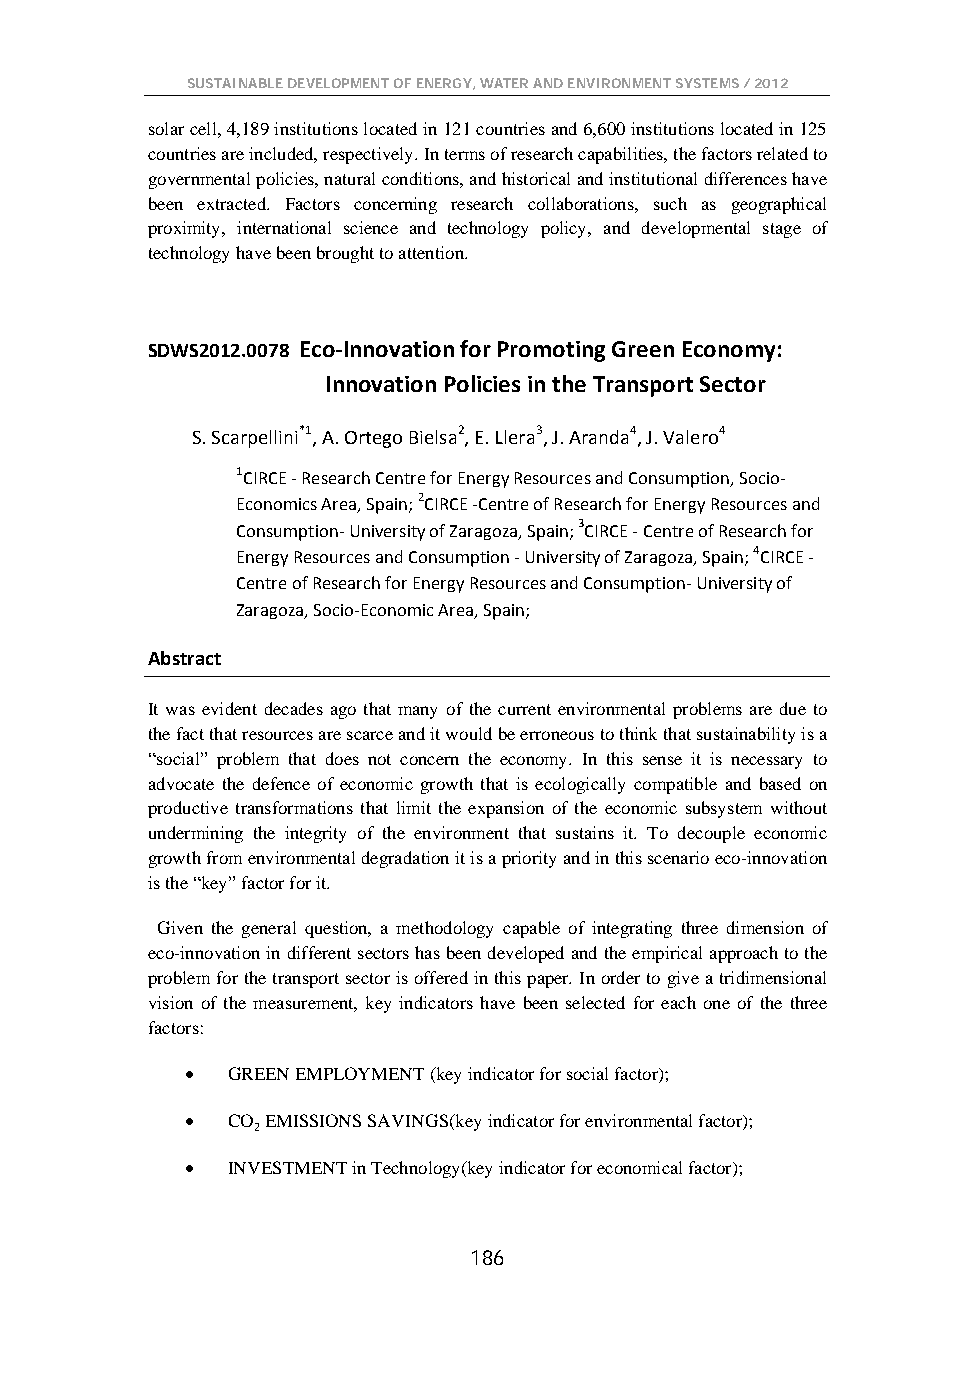
SUSTAINABLE DEVELOPMENT OF ENERGY, WATER AND ENVIRONMENT SYSTEMS / 2012
 solar cell, 4,189 institutions located in 121 countries and 6,600 institutions located in 125
 countries are included, respectively. In terms of research capabilities, the factors related to
 governmental policies, natural conditions, and historical and institutional differences have
 been extracted. Factors concerning research collaborations, such as geographical
 proximity, international science and technology policy, and developmental stage of
 technology have been brought to attention.
 SDWS2012.0078 Eco-Innovation for Promoting Green Economy:
 Innovation Policies in the Transport Sector
 S. Scarpellini*1, A. Ortego Bielsa2, E. Llera3, J. Aranda4, J. Valero4
 1CIRCE - Research Centre for Energy Resources and Consumption, Socio-
 Economics Area, Spain; 2CIRCE -Centre of Research for Energy Resources and
 Consumption- University of Zaragoza, Spain; 3CIRCE - Centre of Research for
 Energy Resources and Consumption - University of Zaragoza, Spain; 4CIRCE -
 Centre of Research for Energy Resources and Consumption- University of
 Zaragoza, Socio-Economic Area, Spain;
 Abstract
 It was evident decades ago that many of the current environmental problems are due to
 the fact that resources are scarce and it would be erroneous to think that sustainability is a
 “social” problem that does not concern the economy. In this sense it is necessary to
 advocate the defence of economic growth that is ecologically compatible and based on
 productive transformations that limit the expansion of the economic subsystem without
 undermining the integrity of the environment that sustains it. To decouple economic
 growth from environmental degradation it is a priority and in this scenario eco-innovation
 is the “key” factor for it.
 Given the general question, a methodology capable of integrating three dimension of
 eco-innovation in different sectors has been developed and the empirical approach to the
 problem for the transport sector is offered in this paper. In order to give a tridimensional
 vision of the measurement, key indicators have been selected for each one of the three
 factors:
 •  GREEN EMPLOYMENT (key indicator for social factor);
 •  CO EMISSIONS SAVINGS(key indicator for environmental factor);
 2
 •  INVESTMENT in Technology(key indicator for economical factor);
 186